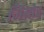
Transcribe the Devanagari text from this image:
जियोड